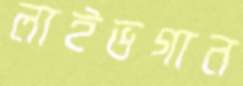
লাইভগান